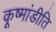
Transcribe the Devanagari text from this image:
कूष्मांडीति